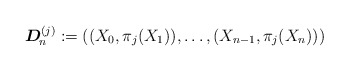
\begin{align*}\boldsymbol{D}_{\!n}^{(j)} := ((X_0, \pi_j(X_1)), \ldots, (X_{n-1}, \pi_j(X_n)))\end{align*}